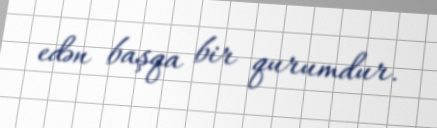
edən başqa bir qurumdur.